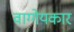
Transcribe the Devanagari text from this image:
वाग्गेयकार